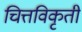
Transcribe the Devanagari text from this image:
चित्तविकृती